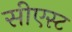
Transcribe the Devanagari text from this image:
सीएस्ट